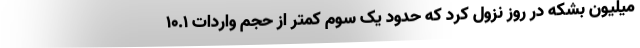
میلیون بشکه در روز نزول کرد که حدود یک سوم کمتر از حجم واردات ۱۰.۱